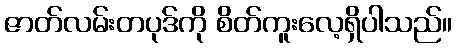
ဇာတ်လမ်းတပုဒ်ကို စိတ်ကူးလေ့ရှိပါသည်။